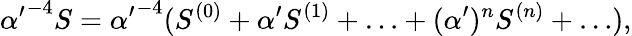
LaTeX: {{\alpha^{\prime}}^{-4}S={\alpha^{\prime}}^{-4}(S^{(0)}+{\alpha^{\prime}}S^{(1)}+\ldots+(\alpha^{\prime})^{n}S^{(n)}+\ldots),}